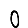
Digit: 0